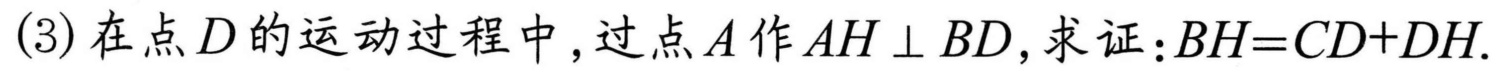
(3) 在点\(D\)的运动过程中，过点\(A\)作\(AH \perp BD\)，求证：\(BH = CD + DH\).